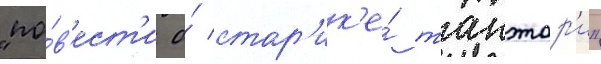
"по́в'ест'и о́ стар'ик'е́ такэтор'и"